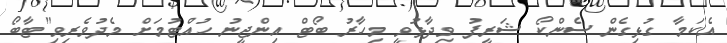
އެކަމާ ގުޅިގެން ސެންކޯ ޝަރީފު ވިދާޅުވީ މިހާރު ބޯޓް އިންޖީނު ހުއްޓުމަށް މެދުވެރިވި"ޓާބޯ